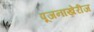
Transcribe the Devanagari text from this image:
पूजनाखेरीज